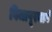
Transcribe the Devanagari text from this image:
विजापूरमार्गे